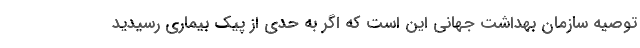
توصیه سازمان بهداشت جهانی این است که اگر به حدی از پیک بیماری رسیدید